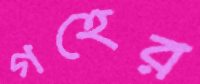
গহের